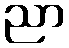
ညာ